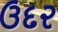
ઉદર